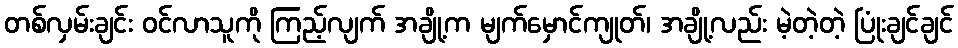
တစ်လှမ်းချင်း ဝင်လာသူကို ကြည့်လျက် အချို့က မျက်မှောင်ကျုတ်၊ အချို့လည်း မဲ့တဲ့တဲ့ ပြုံးချင်ချင်